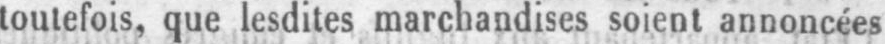
toutefois, que lesdites marchandises soient annoncées